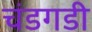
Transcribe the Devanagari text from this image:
चंडगडी